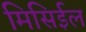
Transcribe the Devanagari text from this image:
मिसिईल